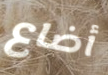
أضاع